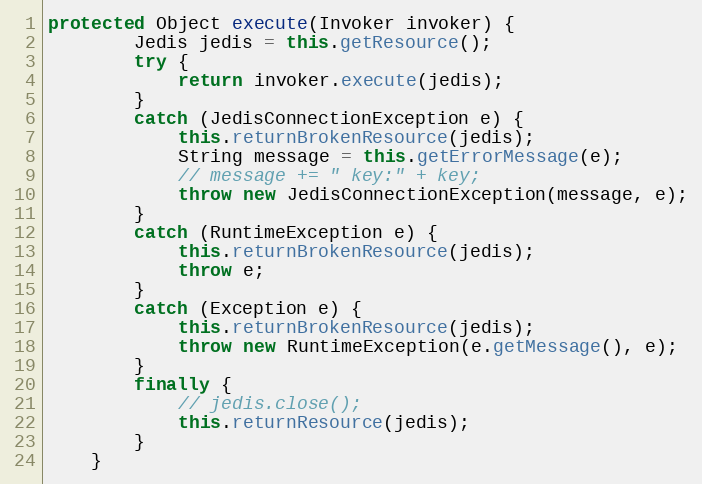
Language: Java
protected Object execute(Invoker invoker) {
		Jedis jedis = this.getResource();
		try {
			return invoker.execute(jedis);
		}
		catch (JedisConnectionException e) {
			this.returnBrokenResource(jedis);
			String message = this.getErrorMessage(e);
			// message += " key:" + key;
			throw new JedisConnectionException(message, e);
		}
		catch (RuntimeException e) {
			this.returnBrokenResource(jedis);
			throw e;
		}
		catch (Exception e) {
			this.returnBrokenResource(jedis);
			throw new RuntimeException(e.getMessage(), e);
		}
		finally {
			// jedis.close();
			this.returnResource(jedis);
		}
	}